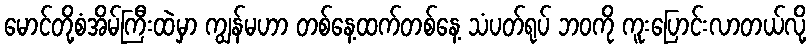
မောင်တို့စံအိမ်ကြီးထဲမှာ ကျွန်မဟာ တစ်နေ့ထက်တစ်နေ့ သံပတ်ရုပ် ဘဝကို ကူးပြောင်းလာတယ်လို့